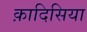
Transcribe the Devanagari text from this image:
क़ादिसिया